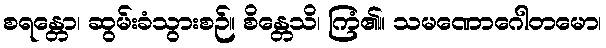
စရန္တော၊ ဆွမ်းခံသွားစဉ်။ စိန္တေသိ၊ ကြံ၏။ သမဏောဂေါတမော၊